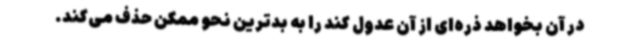
در آن بخواهد ذره‌ای از آن عدول کند را به بدترین نحو ممکن حذف می‌کند.